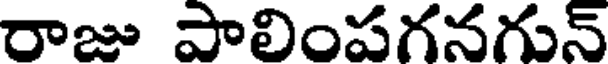
రాజు పాలింపగనగున్